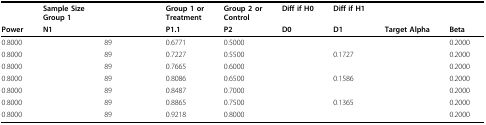
<table><thead><tr><td>[EMPTY_CELL]</td><td><b>Sample Size Group 1</b></td><td>[EMPTY_CELL]</td><td><b>Group 1 or Treatment</b></td><td><b>Group 2 or Control</b></td><td><b>Diff if H0</b></td><td><b>Diff if H1</b></td><td>[EMPTY_CELL]</td><td>[EMPTY_CELL]</td></tr><tr><td><b>Power</b></td><td><b>N1</b></td><td>[EMPTY_CELL]</td><td><b>P1.1</b></td><td><b>P2</b></td><td><b>D0</b></td><td><b>D1</b></td><td><b>Target Alpha</b></td><td><b>Beta</b></td></tr></thead><tbody><tr><td>0.8000</td><td>[EMPTY_CELL]</td><td>89</td><td>0.6771</td><td>0.5000</td><td>[EMPTY_CELL]</td><td>[EMPTY_CELL]</td><td>[EMPTY_CELL]</td><td>0.2000</td></tr><tr><td>0.8000</td><td>[EMPTY_CELL]</td><td>89</td><td>0.7227</td><td>0.5500</td><td>[EMPTY_CELL]</td><td>0.1727</td><td>[EMPTY_CELL]</td><td>0.2000</td></tr><tr><td>0.8000</td><td>[EMPTY_CELL]</td><td>89</td><td>0.7665</td><td>0.6000</td><td>[EMPTY_CELL]</td><td>[EMPTY_CELL]</td><td>[EMPTY_CELL]</td><td>0.2000</td></tr><tr><td>0.8000</td><td>[EMPTY_CELL]</td><td>89</td><td>0.8086</td><td>0.6500</td><td>[EMPTY_CELL]</td><td>0.1586</td><td>[EMPTY_CELL]</td><td>0.2000</td></tr><tr><td>0.8000</td><td>[EMPTY_CELL]</td><td>89</td><td>0.8487</td><td>0.7000</td><td>[EMPTY_CELL]</td><td>[EMPTY_CELL]</td><td>[EMPTY_CELL]</td><td>0.2000</td></tr><tr><td>0.8000</td><td>[EMPTY_CELL]</td><td>89</td><td>0.8865</td><td>0.7500</td><td>[EMPTY_CELL]</td><td>0.1365</td><td>[EMPTY_CELL]</td><td>0.2000</td></tr><tr><td>0.8000</td><td>[EMPTY_CELL]</td><td>89</td><td>0.9218</td><td>0.8000</td><td>[EMPTY_CELL]</td><td>[EMPTY_CELL]</td><td>[EMPTY_CELL]</td><td>0.2000</td></tr></tbody></table>